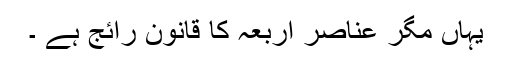
یہاں مگر عناصر اربعہ کا قانون رائج ہے ۔